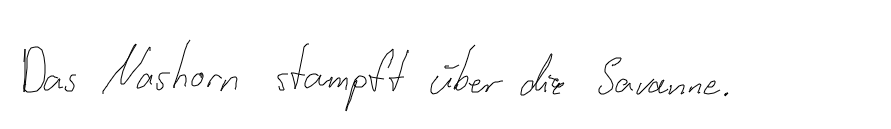
Das Nashorn stampft über die Savanne.